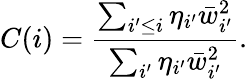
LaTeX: C(i)=\frac{\sum_{i^{\prime}\leq i}\eta_{i^{\prime}}\bar{w}_{i^{\prime}}^{2}}{\sum_{i^{\prime}}\eta_{i^{\prime}}\bar{w}_{i^{\prime}}^{2}}.